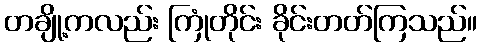
တချို့ကလည်း ကြုံတိုင်း ခိုင်းတတ်ကြသည်။